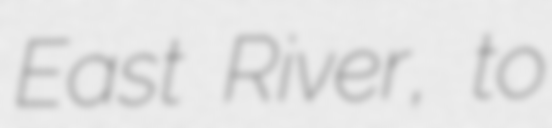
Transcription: East River, to